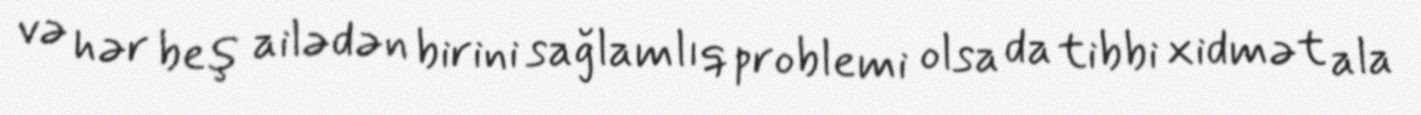
və hər beş ailədən birini sağlamlıq problemi olsa da tibbi xidmət ala